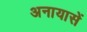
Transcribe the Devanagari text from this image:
अनायासें